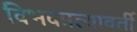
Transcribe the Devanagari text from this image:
विभवप्रत्यावर्ती